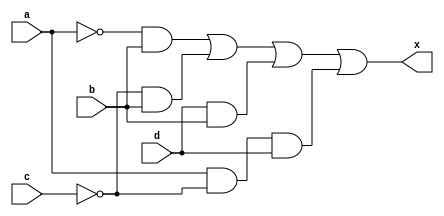
module clb_af(
	input a,
	input b,
	input c,
	input d,
	output x
);
	
	wire f;
	assign f = ~a & b | ~c & b | d & b | a & ~c & d;
	assign x = f;


endmodule